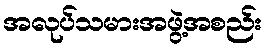
အလုပ်သမားအဖွဲ့အစည်း